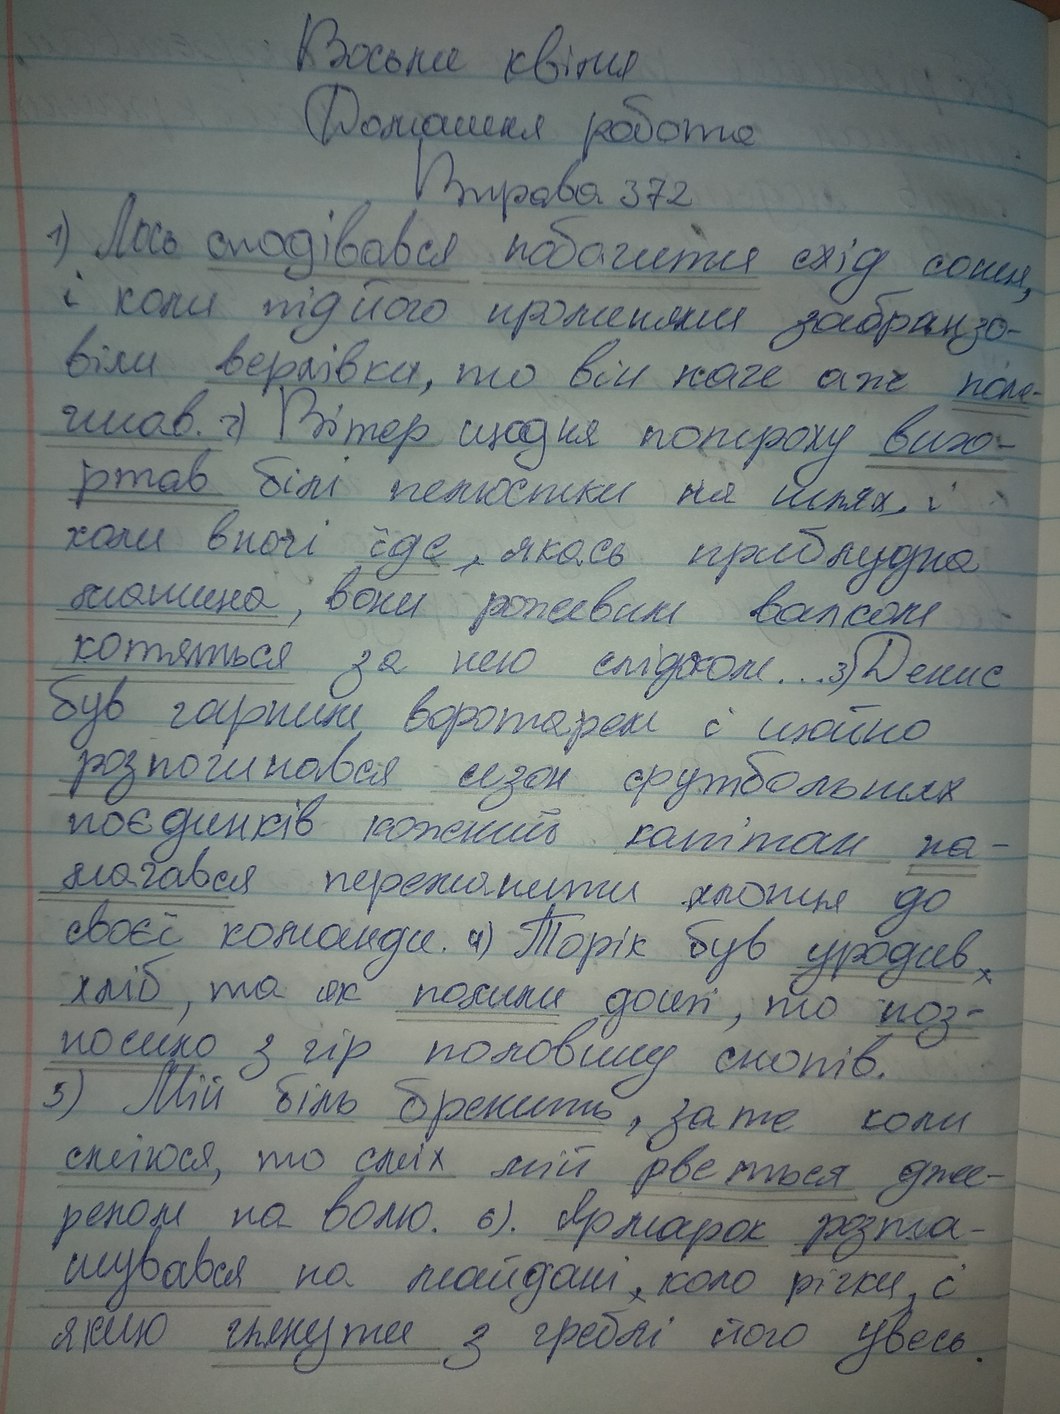
Восьме квітня
Домашня робота
Вправа 372
1) Лось сподівався побачити схід сонця,
і коли під його променями забранзо-
віли верхівки, то він наче аж поле-
гшав. 2) Вітер щодня потроху виго-
ртав білі пелюстки на шлях, і
коли вночі їде, якась приблудна
машина, вони рожевим вальсом
котяться за нею слідом...3) Денис
був гарним воротарем і щойно
розпочинався сезон футбольних
поєдинків кожний капітан на-
намагався переманити хлопця до
своєї команди. 4) Торік був уродив х
хліб, та як полили дощі, то поз-
посило з гір половину снопів.
5) Мій біль бренить, зате коли
сміюся, то сміх мій рветься дже-
релом на волю. 6). Ярмарок розта-
шувався на майдані, коло річки, і
якою глянути з греблі його увесь.